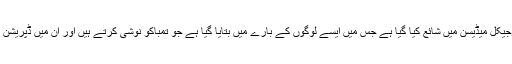
تحقیق کا نتیجہ جنرل سائیکولوجیکل میڈیسن میں شائع کیا گیا ہے جس میں ایسے لوگوں کے بارے میں بتایا گیا ہے جو تمباکو نوشی کرتے ہیں اور ان میں ڈپریشن کے زیادہ امکانات موجود ہیں۔